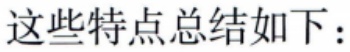
这些特点总结如下：